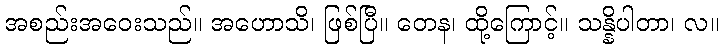
အစည်းအဝေးသည်။ အဟောသိ၊ ဖြစ်ပြီ။ တေန၊ ထို့ကြောင့်။ သန္နိပါတာ၊ လ။